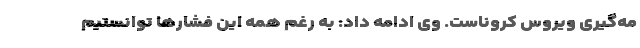
مه‌گیری ویروس کروناست. وی ادامه داد: به رغم همه این فشارها توانستیم